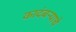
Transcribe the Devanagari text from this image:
कादंबऱ्याचे